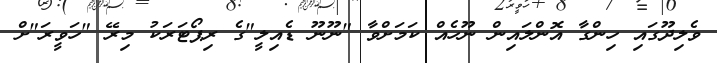
ވެލިދޫގައި ހިންގާ އޮންލައިން ނޫހެއް ކަމަށްވާ "ނޫނޫ ޑެއިލީ"ގެ ރިޕޯޓަރަކު މިރޭ "ހަވީރަ"ށް